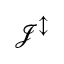
\mathcal { J } ^ { \updownarrow }